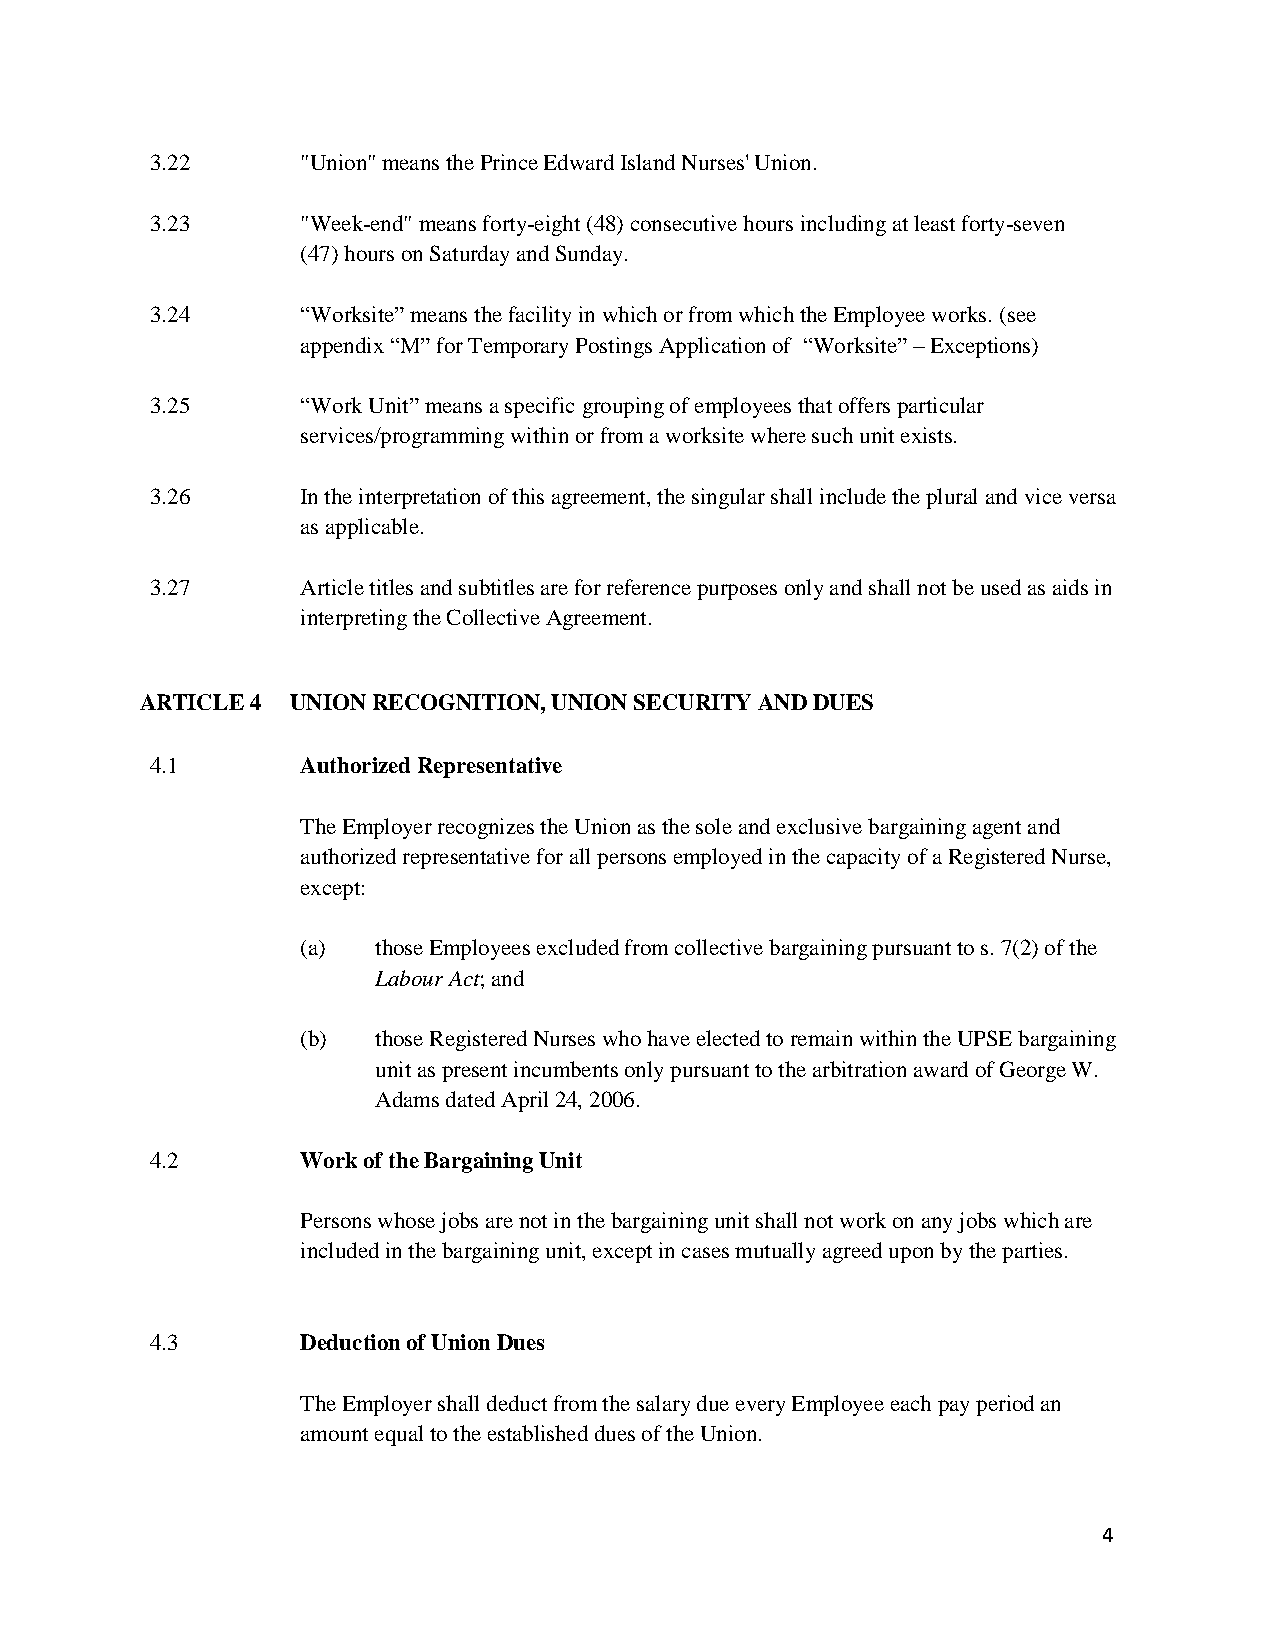
3.22      "Union" means the Prince Edward Island Nurses' Union.
 3.23      "Week-end" means forty-eight (48) consecutive hours including at least forty-seven
 (47) hours on Saturday and Sunday.
 3.24      “Worksite” means the facility in which or from which the Employee works. (see
 appendix “M” for Temporary Postings Application of “Worksite” – Exceptions)
 3.25      “Work Unit” means a specific grouping of employees that offers particular
 services/programming within or from a worksite where such unit exists.
 3.26      In the interpretation of this agreement, the singular shall include the plural and vice versa
 as applicable.
 3.27      Article titles and subtitles are for reference purposes only and shall not be used as aids in
 interpreting the Collective Agreement.
 ARTICLE 4 UNION RECOGNITION, UNION SECURITY AND DUES
 4.1       Authorized Representative
 The Employer recognizes the Union as the sole and exclusive bargaining agent and
 authorized representative for all persons employed in the capacity of a Registered Nurse,
 except:
 (a)  those Employees excluded from collective bargaining pursuant to s. 7(2) of the
 Labour Act; and
 (b)  those Registered Nurses who have elected to remain within the UPSE bargaining
 unit as present incumbents only pursuant to the arbitration award of George W.
 Adams dated April 24, 2006.
 4.2       Work of the Bargaining Unit
 Persons whose jobs are not in the bargaining unit shall not work on any jobs which are
 included in the bargaining unit, except in cases mutually agreed upon by the parties.
 4.3       Deduction of Union Dues
 The Employer shall deduct from the salary due every Employee each pay period an
 amount equal to the established dues of the Union.
 4